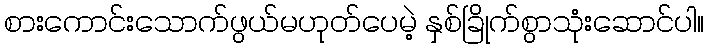
စားကောင်းသောက်ဖွယ်မဟုတ်ပေမဲ့ နှစ်ခြိုက်စွာသုံးဆောင်ပါ။